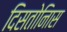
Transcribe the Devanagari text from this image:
दिसतोनिास